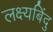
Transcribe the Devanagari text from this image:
लक्ष्यबिंदु